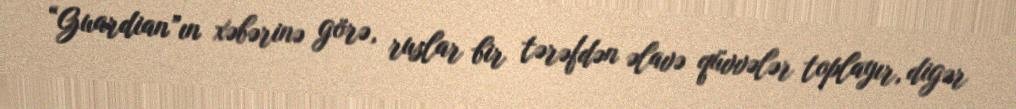
“Guardian”ın xəbərinə görə, ruslar bir tərəfdən əlavə qüvvələr toplayır, digər